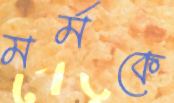
মর্মকে